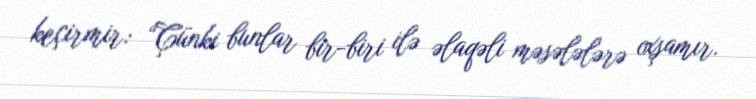
keçirmir: “Çünki bunlar bir-biri ilə əlaqəli məsələlərə oxşamır.